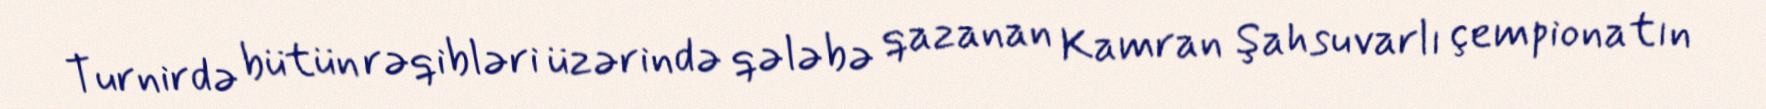
Turnirdə bütün rəqibləri üzərində qələbə qazanan Kamran Şahsuvarlı çempionatın